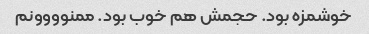
خوشمزه بود. حجمش هم خوب بود. ممنوووونم